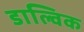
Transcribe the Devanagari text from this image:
डाल्विक